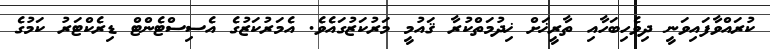
ކުރައްވާފައިވަނީ ދިވެހިބަހާއި ތާރީޚަށް ޚިދުމަތްކުރާ ޤައުމީ މަރުކަޒުގައެވެ. އެމަރުކަޒުގެ އެސިސްޓެންޓް ޑިރެކްޓަރު ކަމުގެ